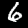
Label: 6